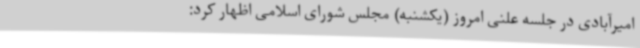
امیرآبادی در جلسه علنی امروز (یکشنبه) مجلس شورای اسلامی اظهار کرد: